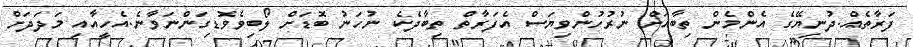
ފަރާތެއް.ދުނިޔޭގެ އެންމެން ތިބާއަށް ނުރުހުންވިޔަސް އެފަރާތް ތިބާދެކެ ނުހަނު ބޮޑަށް ލޯބިވެވޮޑިގަންނަވާނެ.އެހީއާއި މަދަދަށް